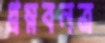
ধ্রম্নবনত্র